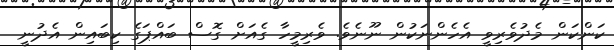
ކަންކަން މެދުވެރިވީ އެހެންނަކުން ނޫނެވެ. ވެރިމީހާ ގެއަށް ގޮސް ބައްޕަގެ ކިބައިން އެދުނީ